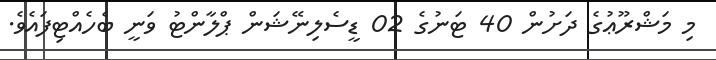
މި މަޝްރޫޢުގެ ދަށުން 40 ޓަނުގެ 02 ޑީސެލިނޭޝަން ޕްލާންޓު ވަނީ ބެހެއްޓިފައެވެ.